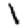
Digit: 1